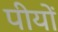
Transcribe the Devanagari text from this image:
पीयों